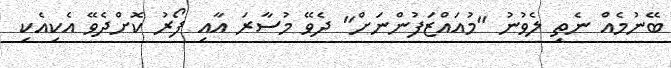
ބޭނުމެއް ނެތި ލެވުނު "މުއައްޒަފުންނަށް" ދެވޭ މުސާރަ އާއި ފޯރު ކޮށްދެވޭ އެކިއެކި